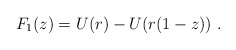
\begin{align*}F_1(z)=U(r)-U(r(1-z))\ .\end{align*}